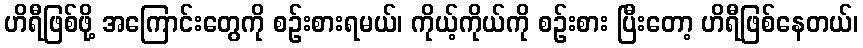
ဟိရီဖြစ်ဖို့ အကြောင်းတွေကို စဉ်းစားရမယ်၊ ကိုယ့်ကိုယ်ကို စဉ်းစား ပြီးတော့ ဟိရီဖြစ်နေတယ်၊